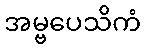
အမ္ဗပေသိကံ